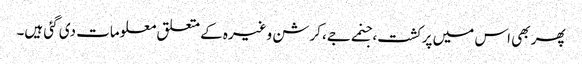
پھر بھی اس میں پرکشت، جنمے جے، کرشن وغیرہ کے متعلق معلومات دی گئی ہیں۔